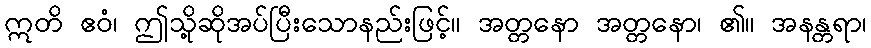
ဣတိ ဧဝံ၊ ဤသို့ဆိုအပ်ပြီးသောနည်းဖြင့်။ အတ္တနော အတ္တနော၊ ၏။ အနန္တရာ၊